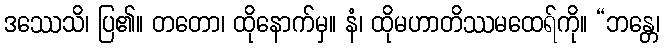
ဒဿေသိ၊ ပြ၏။ တတော၊ ထိုနောက်မှ။ နံ၊ ထိုမဟာတိဿမထေရ်ကို။ “ဘန္တေ၊